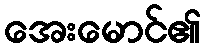
အေးမောင်၏